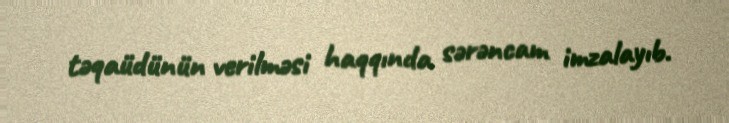
təqaüdünün verilməsi haqqında sərəncam imzalayıb.